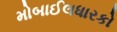
મોબાઈલધારકો